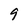
Character: 9